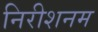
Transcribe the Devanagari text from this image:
निरीशनम